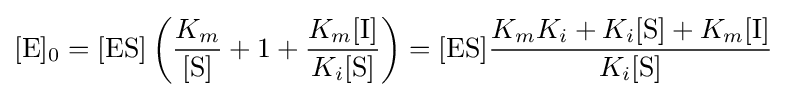
[{\ce {E}}]_{0}=[{\mathrm {ES} }]\left({\frac {K_{m}}{[\mathrm {S} ]}}+1+{\frac {K_{m}[{\ce {I}}]}{K_{i}[{\ce {S}}]}}\right)=[{\mathrm {ES} }]{\frac {K_{m}K_{i}+K_{i}[{\ce {S}}]+K_{m}[{\ce {I}}]}{K_{i}[{\ce {S}}]}}